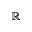
\mathbb { R }